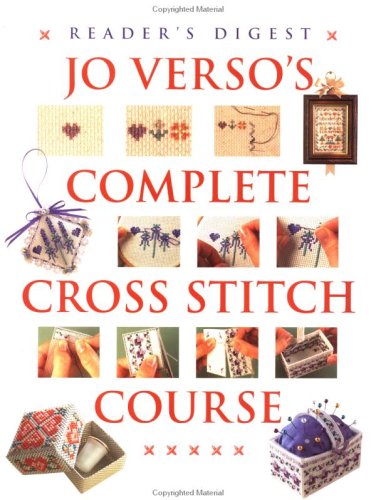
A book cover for Jo Verso's Complete Cross Stitch Course; Jo Verso; Crafts, Hobbies & Home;